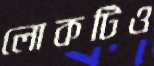
লোকটিও